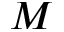
M